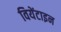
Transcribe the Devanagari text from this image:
वियेंटाइन